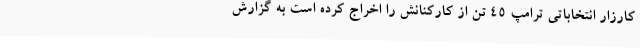
کارزار انتخاباتی ترامپ 45 تن از کارکنانش را اخراج کرده است به گزارش